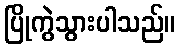
ပြိုကွဲသွားပါသည်။